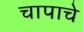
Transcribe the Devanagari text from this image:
चापाचे